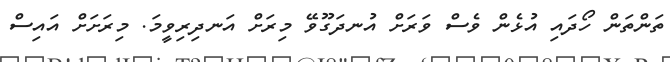
ތަންތަން ހޯދައި އުޅެން ވެސް ވަރަށް އުނދަގޫވޭ މިރަށް އަނދިރިވީމަ. މިރަށަށް އައިސް